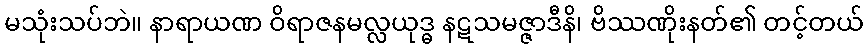
မသုံးသပ်ဘဲ။ နာရာယဏ ဝိရာဇနမလ္လယုဒ္ဓ နဋသမဇ္ဇာဒီနိ၊ ဗိဿဏိုးနတ်၏ တင့်တယ်